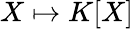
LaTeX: X\mapsto K[X]